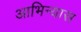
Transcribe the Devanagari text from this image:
आभिन्यास